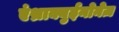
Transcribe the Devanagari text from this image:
एंथ्राक्युईनोनेज़